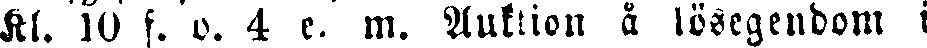
Kl. 10 f. o. 4 e. m. Auktion å lösegendom i